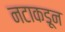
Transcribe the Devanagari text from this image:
नटाकडून